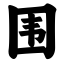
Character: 围